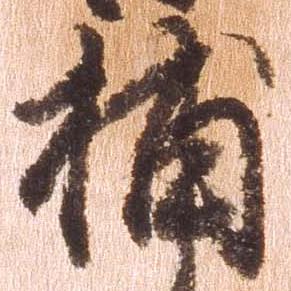
捕